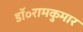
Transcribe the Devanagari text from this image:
डॉ॰रामकुमार